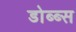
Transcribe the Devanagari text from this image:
डोब्ब्स